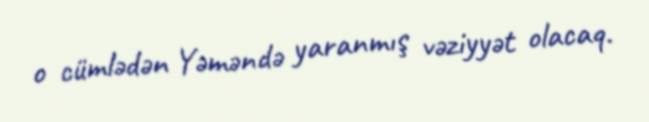
o cümlədən Yəməndə yaranmış vəziyyət olacaq.